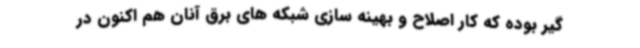
گیر بوده که کار اصلاح و بهینه سازی شبکه های برق آنان هم اکنون در